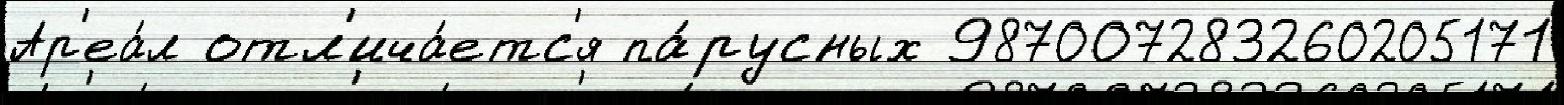
Ар'еа́л отл'ича́етс'я па́русных 987007283260205171